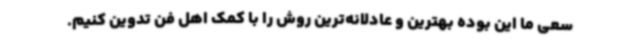
سعی ما این بوده بهترین و عادلانه‌ترین روش را با کمک اهل فن تدوین کنیم.